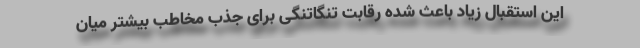
این استقبال زیاد باعث شده رقابت تنگاتنگی برای جذب مخاطب بیشتر میان